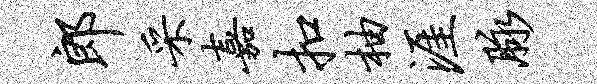
郎采嘉扣柚涯脉